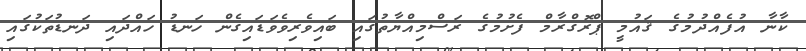
ކާނާ އުފެއްދުމުގެ ޤައުމީ ޕްރޮގްރާމް ފެށުމުގެ ރަސްމިއްޔާތުގައި ބައިވެރިވެވަޑައިގެން ހަނޑު ހައްދައި ދަނޑުތަކުގައި